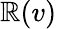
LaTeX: \mathbb{R}(v)